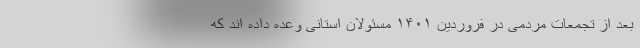
بعد از تجمعات مردمی در فروردین ۱۴۰۱ مسئولان استانی وعده داده اند که